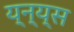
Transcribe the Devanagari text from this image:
य्न्य्स